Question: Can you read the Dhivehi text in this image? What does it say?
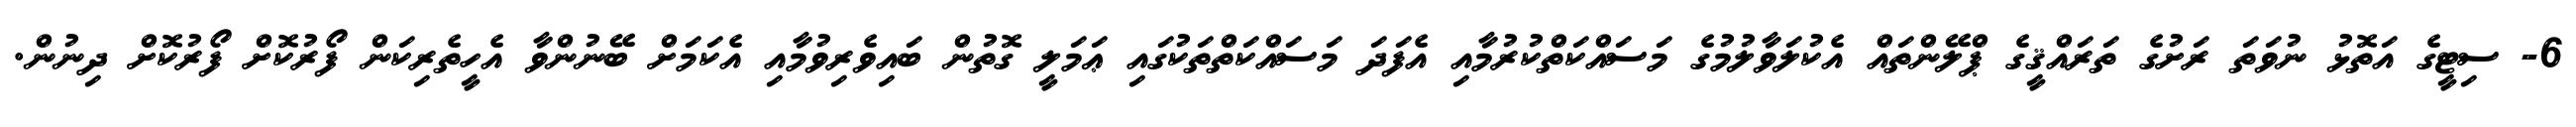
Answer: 6- ސިޓީގެ އަތޮޅު ނުވަތަ ރަށުގެ ތަރައްޤީގެ ޕްލޭންތައް އެކުލަވާލުމުގެ މަސައްކަތްކުރުމާއި އެފަދަ މަސައްކަތްތަކުގައި ޢަމަލީ ގޮތުން ބައިވެރިވުމާއި އެކަމަށް ބޭނުންވާ އެހީތެރިކަން ފޯރުކޮށް ފޯރުކޮށް ދިނުން.